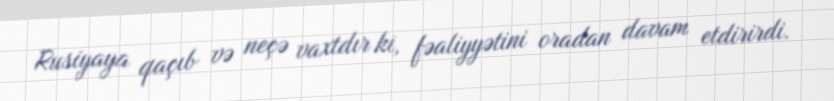
Rusiyaya qaçıb və neçə vaxtdır ki, fəaliyyətini oradan davam etdirirdi.